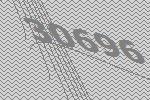
30696